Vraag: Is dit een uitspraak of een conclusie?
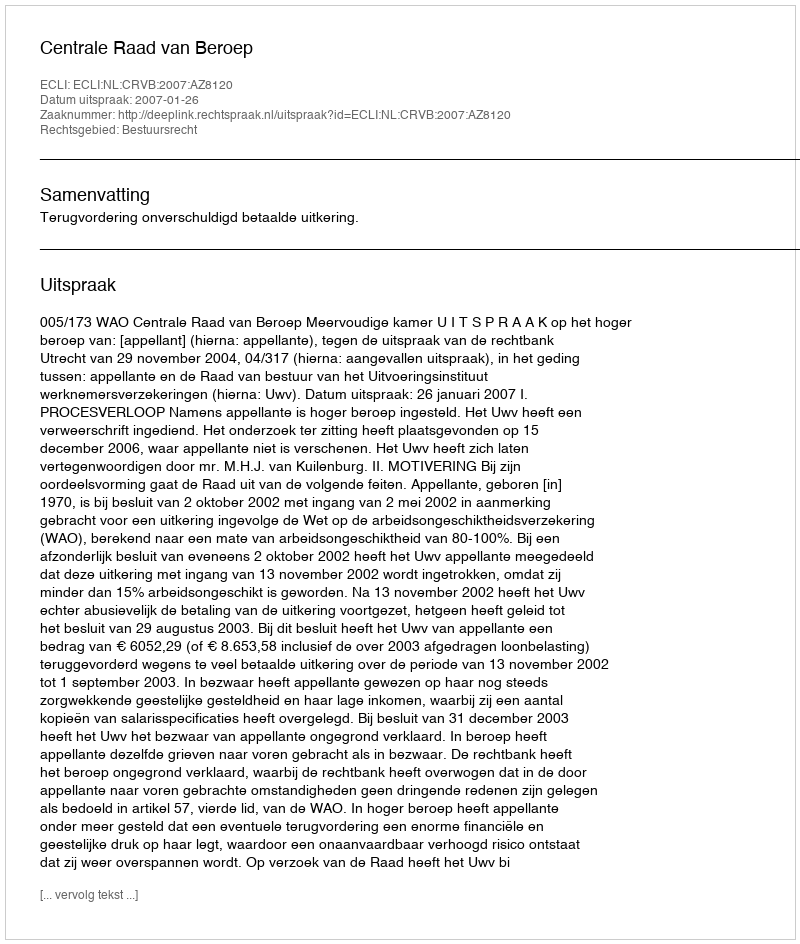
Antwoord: Uitspraak